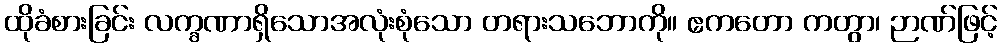
ထိုခံစားခြင်း လက္ခဏာရှိသောအလုံးစုံသော တရားသဘောကို။ ဧကတော ကတွာ၊ ဉာဏ်ဖြင့်